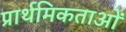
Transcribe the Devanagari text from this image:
प्रार्थमिकताओं